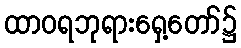
ထာဝရဘုရားရှေ့တော်၌